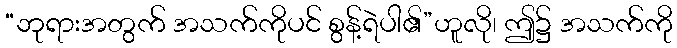
“ဘုရားအတွက် အသက်ကိုပင် စွန့်ရဲပါ၏”ဟူလို၊ ဤ၌ အသက်ကို